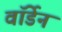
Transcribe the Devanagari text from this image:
वाॅर्डेन